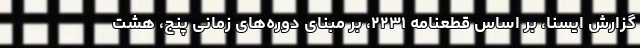
گزارش ایسنا، بر اساس قطعنامه ۲۲۳۱، بر مبنای دوره‌های زمانی پنج، هشت